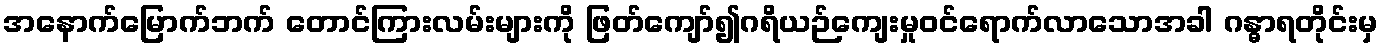
အနောက်မြောက်ဘက် တောင်ကြားလမ်းများကို ဖြတ်ကျော်၍ဂရိယဉ်ကျေးမှုဝင်ရောက်လာသောအခါ ဂန္ဓာရတိုင်းမှ